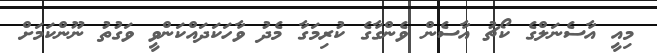
މިއީ އާސެނަލްގެ ކޯޗު އާސެން ވެންގާގެ ކުރިމަގާ މެދު ވާހަކަދައްކަންވީ ވަގުތު ނޫންކަމަށް